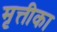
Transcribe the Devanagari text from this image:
मृत्तीका